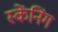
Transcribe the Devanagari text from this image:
स्केंनिंग